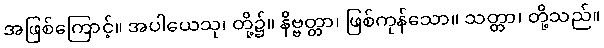
အဖြစ်ကြောင့်။ အပါယေသု၊ တို့၌။ နိဗ္ဗတ္တာ၊ ဖြစ်ကုန်သော။ သတ္တာ၊ တို့သည်။